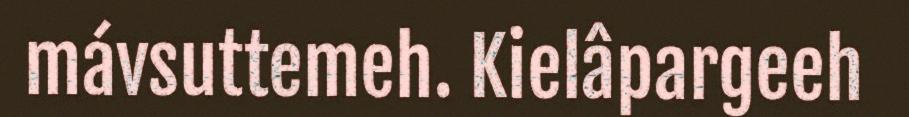
mávsuttemeh. Kielâpargeeh